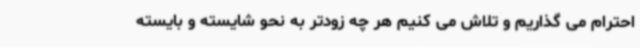
احترام می گذاریم و تلاش می کنیم هر چه زودتر به نحو شایسته و بایسته